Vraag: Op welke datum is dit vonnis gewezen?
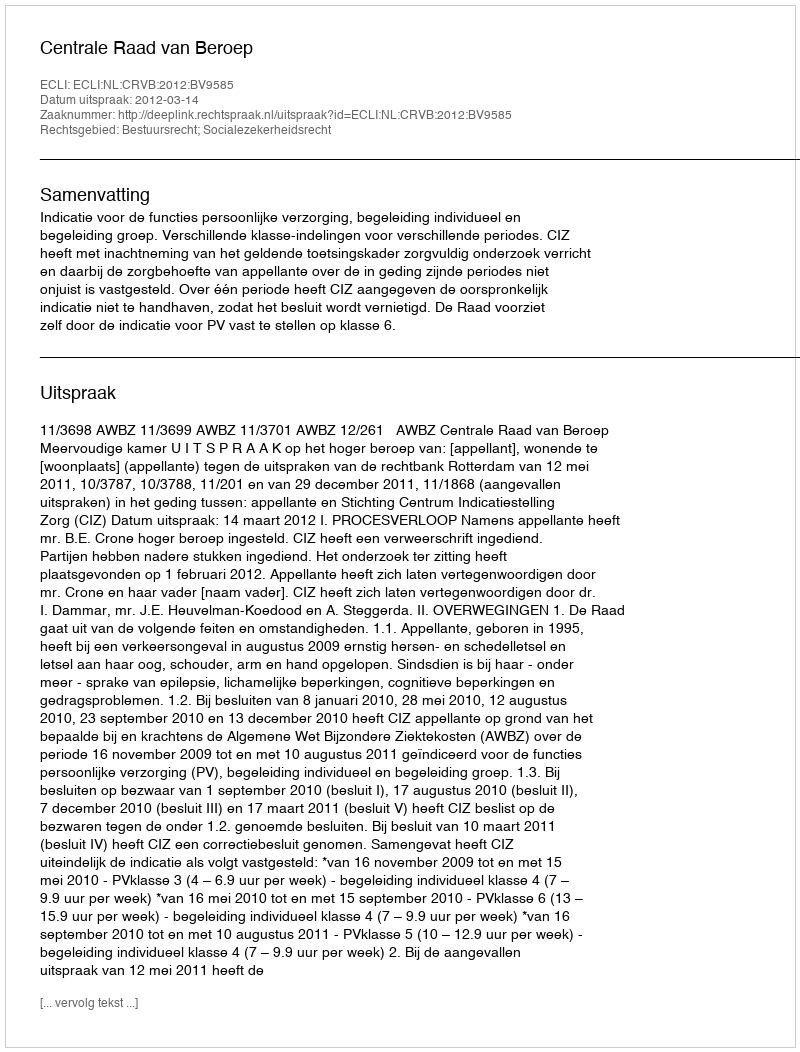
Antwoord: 2012-03-14